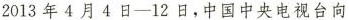
2013年4月4日-12日，中国中央电视台向